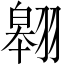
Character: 翱